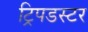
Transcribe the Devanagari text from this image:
ट्रिपडस्टर